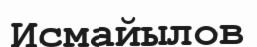
Исмайылов